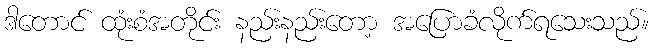
ဒါတောင် ထုံးစံအတိုင်း နည်းနည်းတော့ အပြောခံလိုက်ရသေးသည်။